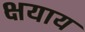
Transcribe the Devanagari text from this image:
क्षयाय